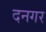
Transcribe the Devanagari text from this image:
दनगर